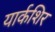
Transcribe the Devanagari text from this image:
यार्कशिर